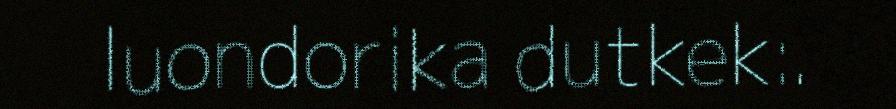
luondorika dutkek:.